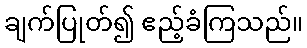
ချက်ပြုတ်၍ ဧည့်ခံကြသည်။